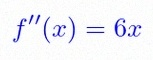
f''(x)=6x